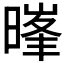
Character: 𮲧